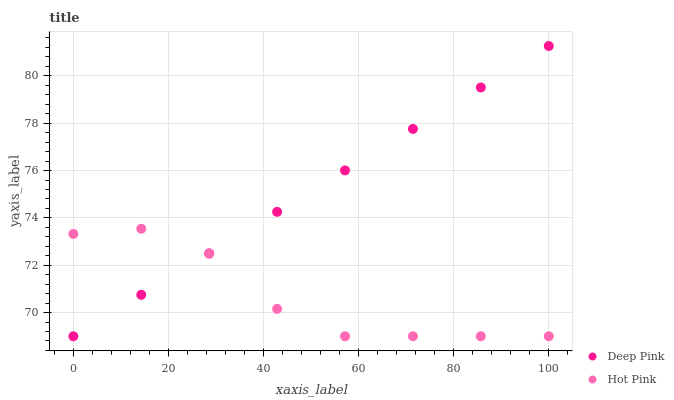
| xaxis_label | Deep Pink | Hot Pink |
 | --- | --- | --- |
 | 0 | 69 | 73.3 |
 | 14.3 | 70.8 | 73.5 |
 | 28.6 | 72.5 | 72.5 |
 | 42.9 | 74.3 | 70.2 |
 | 57.1 | 76 | 69 |
 | 71.4 | 77.8 | 69 |
 | 85.7 | 79.5 | 69 |
 | 100 | 81.3 | 69 |